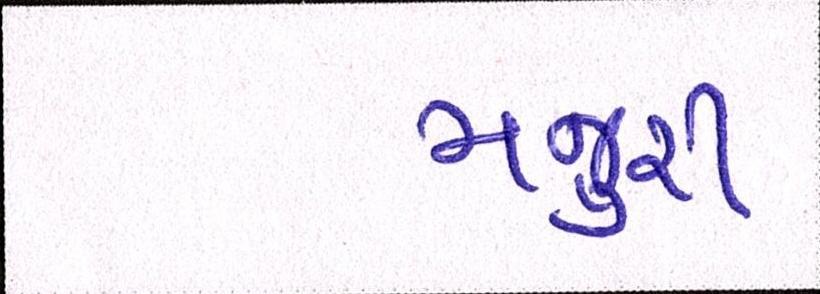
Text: મજુરી